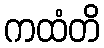
ကထံတိ